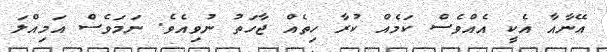
އޭނާއާ އެކީ އެއްވެސް ކަމެއް ކުރާ ހިތެއް ޖާހަތު ނުވިއެވެ. ނަމަވެސް އަމިއްލަ